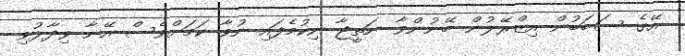
އޭގެ ސަބަބުން އިޒްރޭލުން ބޭނުންވާ ނަތީޖާ ނިކުމެފައި ނުވާ ކަމަށްވެސް އޭނާ ވިދާޅުވި